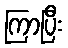
ကြာပြီး